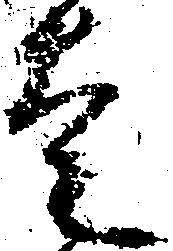
走